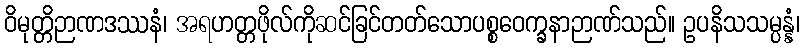
ဝိမုတ္တိဉာဏဒဿနံ၊ အရဟတ္တဖိုလ်ကိုဆင်ခြင်တတ်သောပစ္စဝေက္ခနာဉာဏ်သည်။ ဥပနိသသမ္ပန္နံ၊